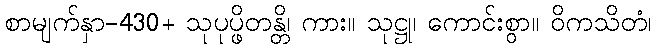
စာမျက်နှာ-430+ သုပုပ္ဖိတန္တိ၊ ကား။ သုဋ္ဌု၊ ကောင်းစွာ။ ဝိကသိတံ၊